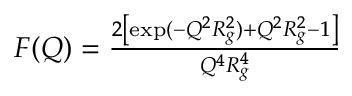
\begin{array} { r } { F ( Q ) = \frac { 2 \left[ \exp ( - Q ^ { 2 } R _ { g } ^ { 2 } ) + Q ^ { 2 } R _ { g } ^ { 2 } - 1 \right] } { Q ^ { 4 } R _ { g } ^ { 4 } } } \end{array}